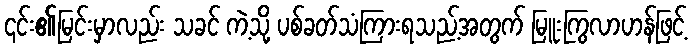
၎င်း၏မြင်းမှာလည်း သခင် ကဲ့သို့ ပစ်ခတ်သံကြားရသည့်အတွက် မြူးကြွလာဟန်ဖြင့်